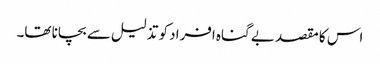
اس کا مقصد بے گناہ افراد کو تذلیل سے بچانا تھا۔